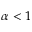
\alpha < 1